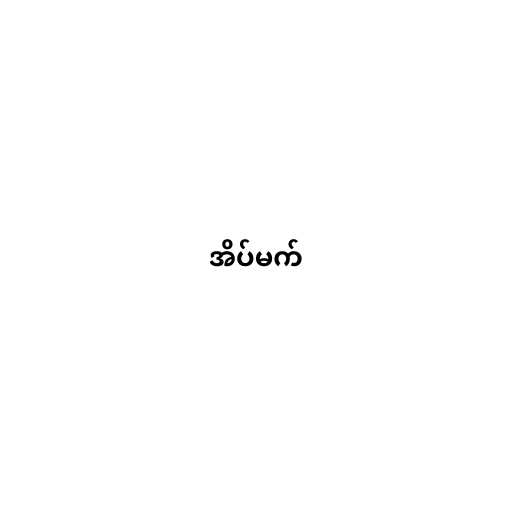
အိပ်မက်